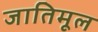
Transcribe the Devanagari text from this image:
जातिमूल